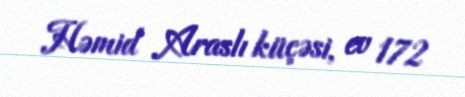
Həmid Araslı küçəsi, ev 172